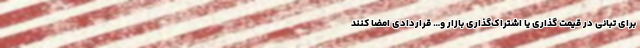
برای تبانی در قیمت گذاری یا اشتراک‌گذاری بازار و… قراردادی امضا کنند